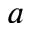
a